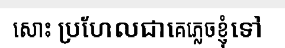
សោះ ប្រហែលជាគេភ្លេចខ្ញុំទៅ